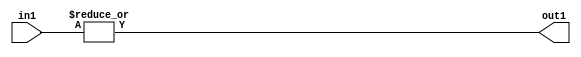
`timescale 1ps / 1ps
/*****************************************************************************
    Verilog RTL Description
    
    
    Created by: Stratus DpOpt 2019.1.01 
*******************************************************************************/

module pw_feature_addr_gen_OrReduction_8U_1U_1 (
	in1,
	out1
	); /* architecture "behavioural" */ 
input [7:0] in1;
output  out1;
wire  asc001;

assign asc001 = 
	(|in1);

assign out1 = asc001;
endmodule

/* CADENCE  urb4Qgs= : u9/ySgnWtBlWxVPRXgAZ4Og= ** DO NOT EDIT THIS LINE ******/